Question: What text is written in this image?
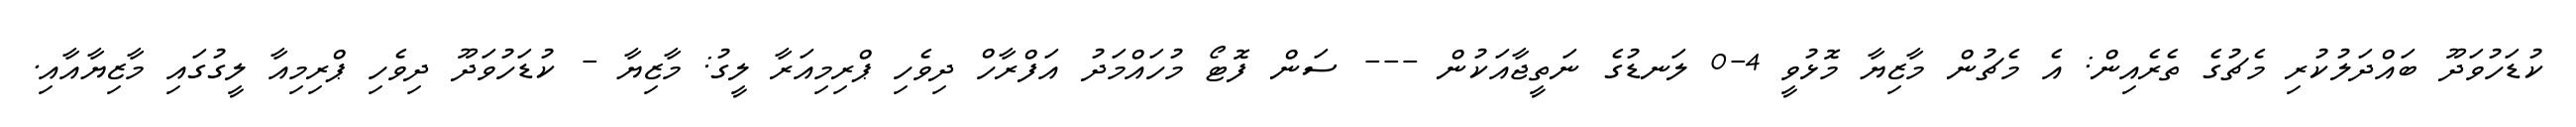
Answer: ކުޑަހުވަދޫ ބައްދަލުކުރި މެޗުގެ ތެރެއިން: އެ މެޗުން މާޒިޔާ މޮޅުވީ 4-0 ލަނޑުގެ ނަތީޖާއަކުން --- ސަން ފޮޓޯ މުހައްމަދު އަފްރާހް ދިވެހި ޕްރިމިއަރާ ލީގު: މާޒިޔާ - ކުޑަހުވަދޫ ދިވެހި ޕްރިމިއާ ލީގުގައި މާޒިޔާއާއި.